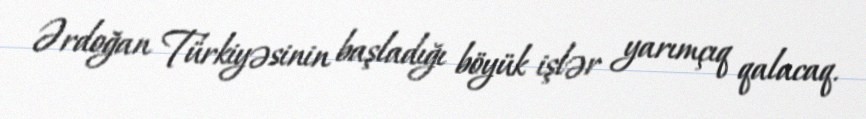
Ərdoğan Türkiyəsinin başladığı böyük işlər yarımçıq qalacaq.